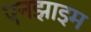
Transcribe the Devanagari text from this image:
एनझाइम